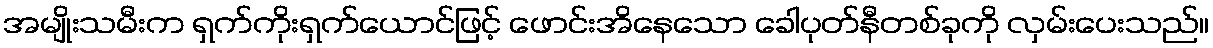
အမျိုးသမီးက ရှက်ကိုးရှက်ယောင်ဖြင့် ဖောင်းအိနေသော ခေါပုတ်နီတစ်ခုကို လှမ်းပေးသည်။